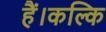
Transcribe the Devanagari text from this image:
हैं।कल्कि